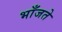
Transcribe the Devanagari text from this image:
भाँजते